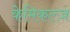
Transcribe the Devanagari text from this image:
केमिकल्ज़